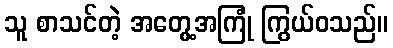
သူ စာသင်တဲ့ အတွေ့အကြုံ ကြွယ်ဝသည်။